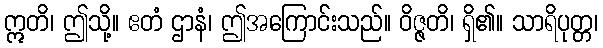
ဣတိ၊ ဤသို့။ ဧတံ ဌာနံ၊ ဤအကြောင်းသည်။ ဝိဇ္ဇတိ၊ ရှိ၏။ သာရိပုတ္တ၊